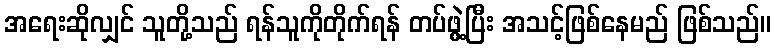
အရေးဆိုလျှင် သူတို့သည် ရန်သူကိုတိုက်ရန် တပ်ဖွဲ့ပြီး အသင့်ဖြစ်နေမည် ဖြစ်သည်။